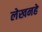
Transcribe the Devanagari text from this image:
लेखनहे